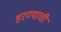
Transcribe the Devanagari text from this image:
हरण्याची